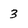
Character: 3